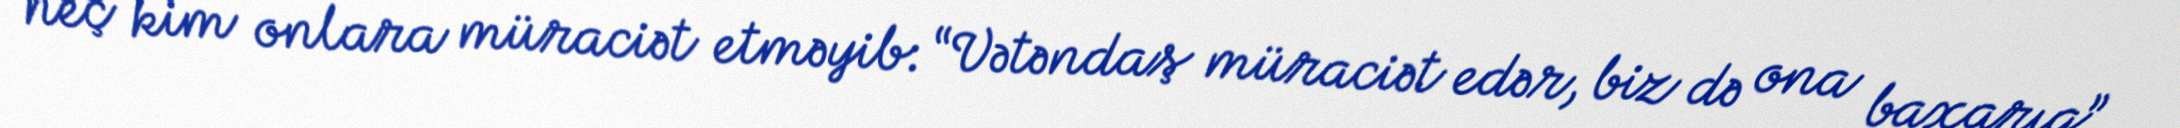
heç kim onlara müraciət etməyib: “Vətəndaş müraciət edər, biz də ona baxarıq”.